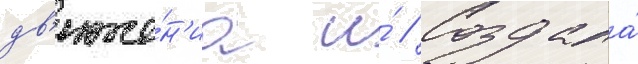
дв'иже́н'иа и́ // Создала́